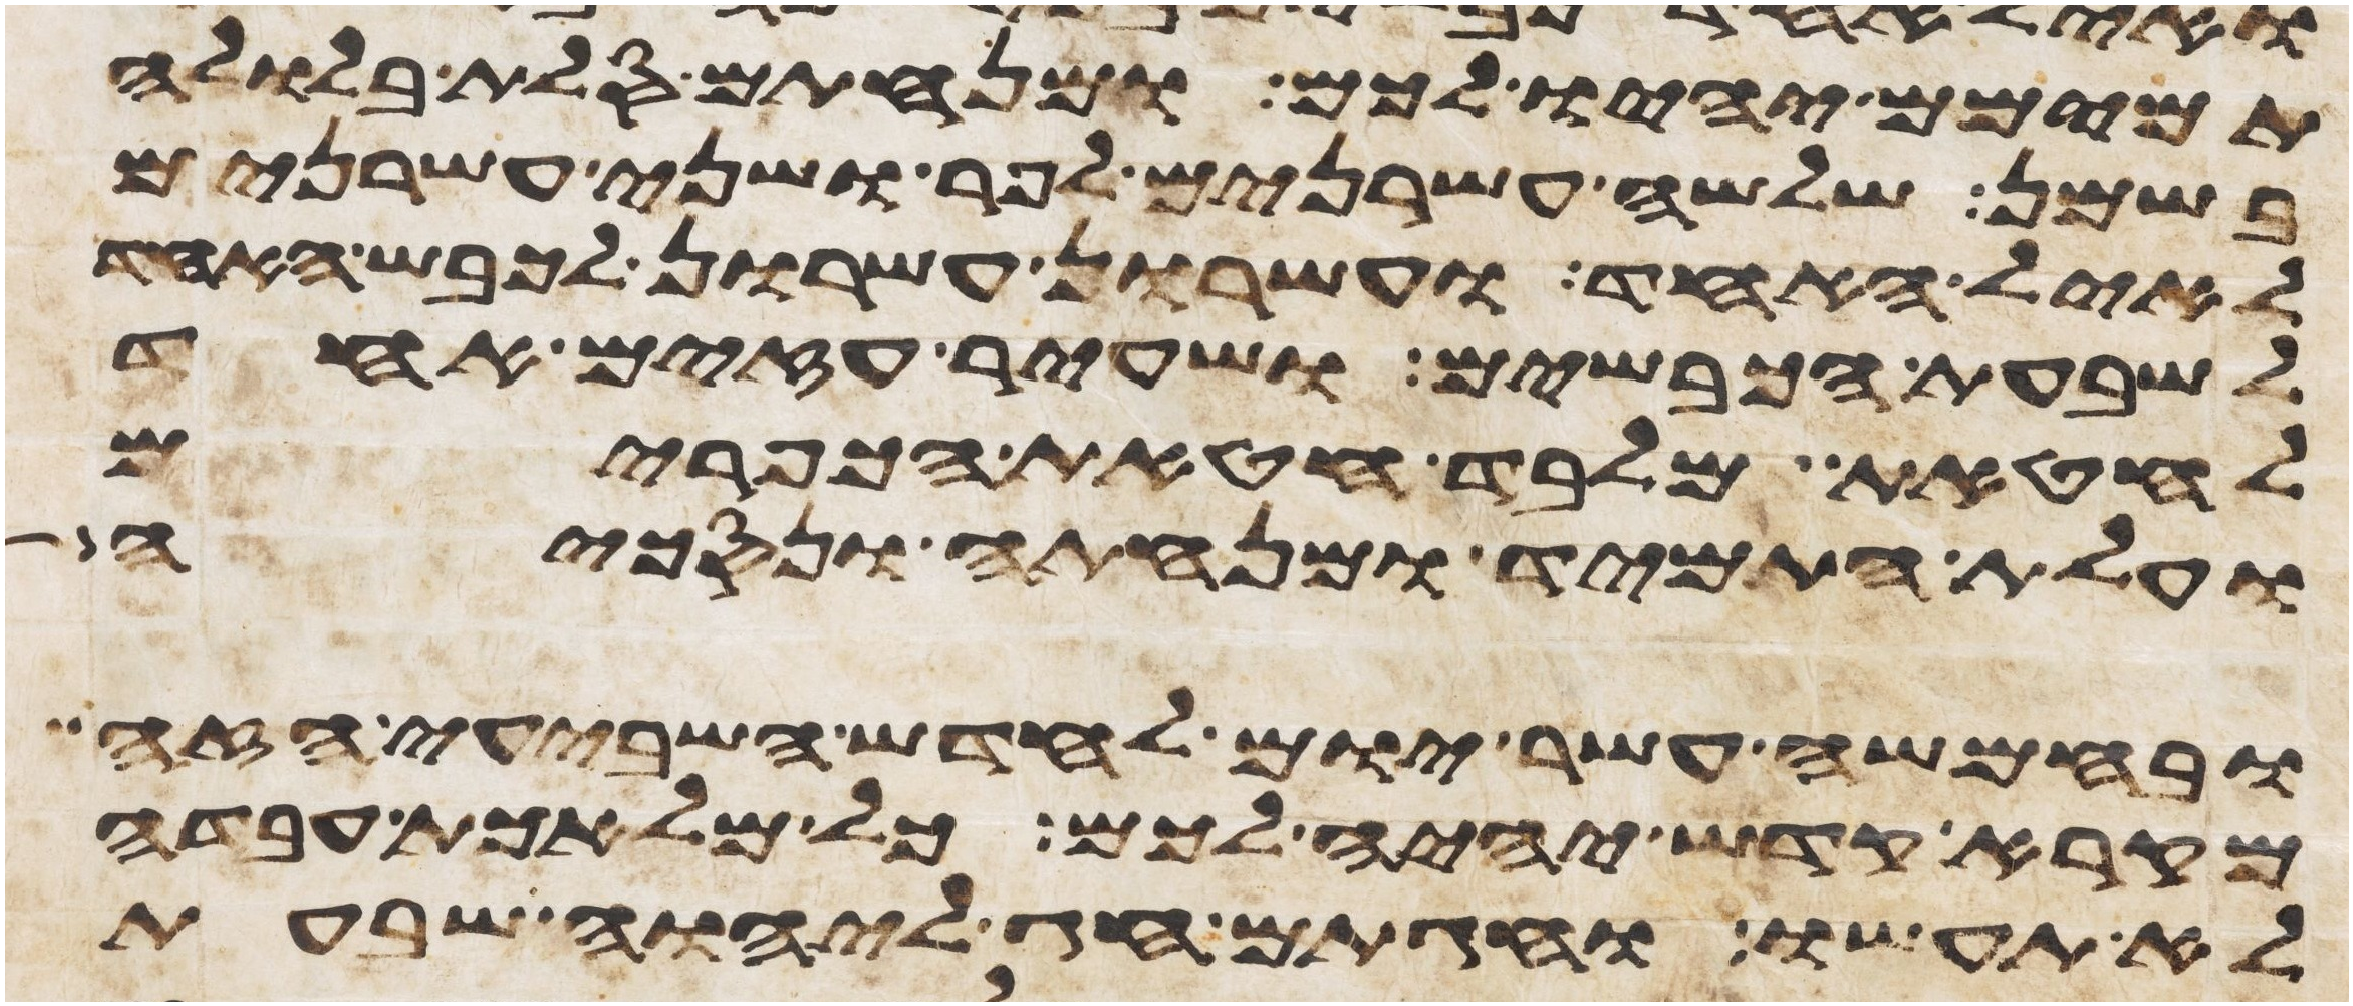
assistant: תמימם יהיו לכם ומנחתם סלת בלולה
בשמן שלשה עשרנים לפר ושני עשרנים
לאיל האחד ועשרון עשרון לכבש האחד
לשבעת הכבשים ושעיר עזים אחד
לחטאת מלבד חטאת הכפורים
ועלת התמיד ומנחתה ונסכיה
ובחמשה עשר יום לחדש השביעי הזה
מקרא קדש יהיה לכם כל מלאכת עבדה
לא תעשו וחגתם חג ליהוה שבעת